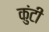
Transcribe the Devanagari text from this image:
कुंटी